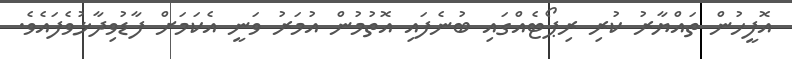
އޮފީހުން ތައްޔާރު ކުރި ރިޕޯޓެއްގައި ބުނެފައި އޮތުމުން އުމަރު ވަނީ އެކަމަށް ފާޑުވިދާޅުވެފައެވެ.